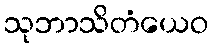
သုဘာသိတံယေဝ